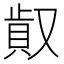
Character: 𠭸